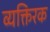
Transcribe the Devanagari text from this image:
व्यक्तिरक